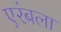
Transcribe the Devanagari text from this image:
एरंबला